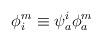
LaTeX: \begin{align*}\phi^m_i \equiv \psi_a^i \phi^m_a\end{align*}